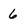
Character: 6